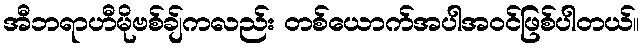
အီဘရာဟီမိုဗစ်ချ်ကလည်း တစ်ယောက်အပါအဝင်ဖြစ်ပါတယ်။